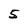
Character: 5